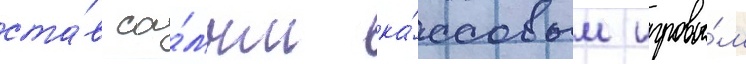
ста́в са́мым ка́ссовым игровы́м